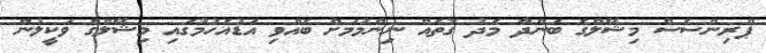
ޕްރިންސެސް މިޝޭލްގެ ބަންދާ މެދު ގޮތެއް ނިންމުމަށް ބެއްވި އަޑުއެހުމުގައި މިޝޭލްގެ ވަކީލުން